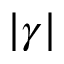
| \gamma |